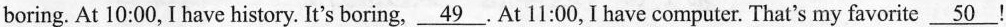
boring. At 10:00, I have history. It's boring, \underline{49}. At 11:00, I have computer. That's my favorite \underline{50}!